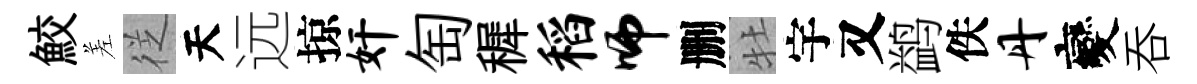
鮫差徔天远掠奸匋穉稻师删牡宇又鹢佚丹變呑